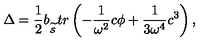
\Delta = \frac 1 2 b _ { _ { \widetilde { { \cal S } } } } t r \left( - \frac 1 { \omega ^ { 2 } } c \phi + \frac 1 { 3 \omega ^ { 4 } } c ^ { 3 } \right) ,